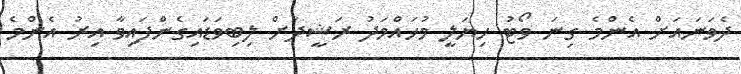
ދެވަނައަށް އެންމެ ގިނަ ވޯޓު ހިޔަލީ މުުހައްމަދު ރަޝީދަށް ލިބިވަޑައިގެންފައިވާ އިރު އެންމެ